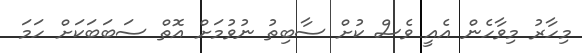
މިހާރު މިވާހެން އެއީ ވެސް ކުށް ސާބިތު ނުވުމަށް އޮތް ސަބަބަކަށް ހަމަ